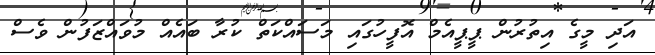
އަދި މީގެ އިތުރުން ޕީޕީއެމް އޮފީހުގައި މަސައްކަތް ކުރާ ބައެއް މުވައްޒަފުން ވެސް